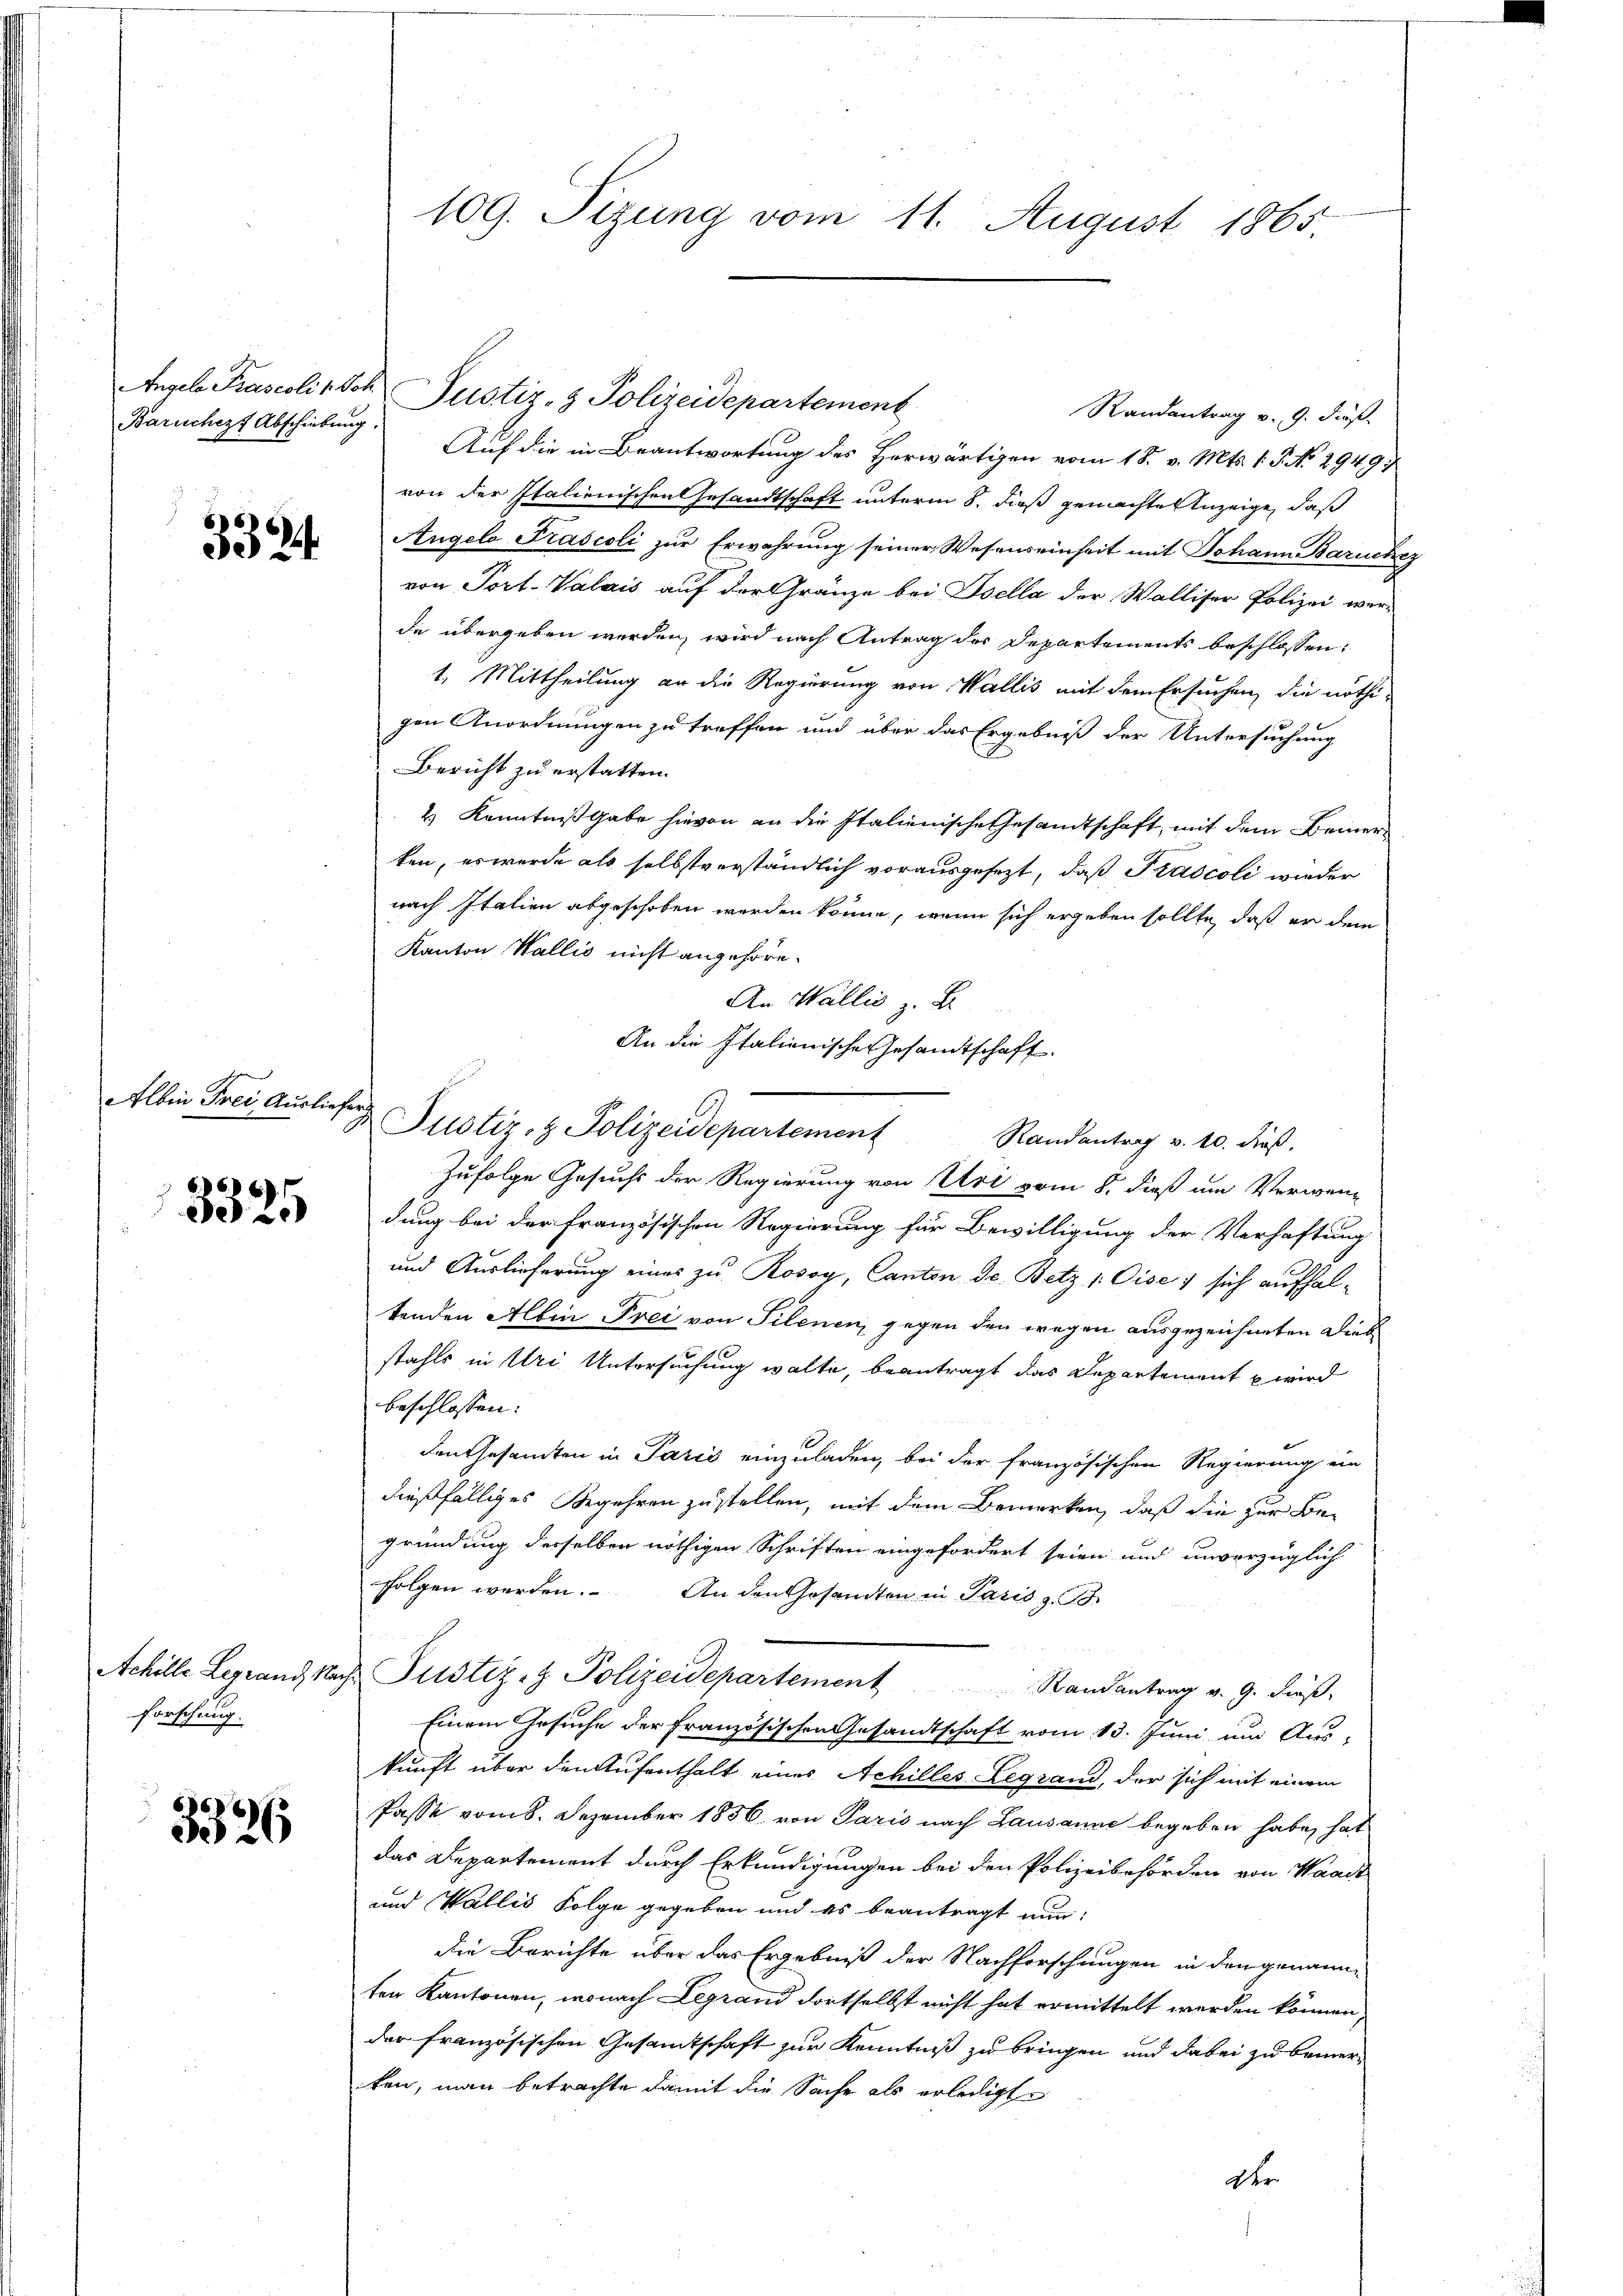
Baruchezt Abschiebung.

332.

Albin Frei, Ausliefer

3325

Achille Legrand, Na
forschung.

66
2

Randantrag v. 9. dieß
Auf die in Beantwortung des Herwärtigen vom 18. v. Mts. 1. P. No 2949
von der Italienischen Gesandtschaft unterm 5. dieß gemachte Anzeige, daß
Angelo Prascoli zur Erwahrung seiner Wesenseinheit mit Johann Baruchez
von Port-Valais auf der Gränze bei Isella der Walliser Polizei werde übergeben werden, wird nach Antrag der Departements beschlossen:
1. Mittheilung an die Regierung von Wallis mit dem Ersuchen, die nöthi-
gen Anordnungen zu treffen und über das Ergebniß der Untersuchung
Bericht zu erstatten.
4 Kenntnißgabe hievon an die Italienische Gesandtschaft, mit dem Bemerten, es werde als selbstverständlich vorausgesezt, daß Prascoli wieder
nach Italien abgeschoben werden könne, wenn sich ergeben sollte, daß er dem
Kanton Wallis nicht angehöre.
An Wallis z. B.
An die Italienische Gesandtschaft.
Justiz- & Polizeidepartement
Randantrag v. 10. dieß,
Zufolge Gesuchs der Regierung von Uri vom 8. dieß um Verwendung bei der französischen Regierung für Bewilligung der Verhaftung
und Auslieferung eines zu Rosoy, Canton de Betz 1 Cise) sich aufhaltenden Albin Frei von Silenen, gegen den wegen ausgezeichneten Diebstahls in Uri Untersuchung walte, beantragt das Departement u wird
beschlossen:
den Gesandten in Parić einzuladen, bei der französischen Regierung ein
dießfälliges Begehren zustellen, mit dem Bemerken, daß die zur Begründung desselben nöthigen Schriften eingefordert seien und unverzüglich
folgen werden. An den Gesamten in Paris z
ih Justiz- & Polizeidepartement andantrag v. 9. dies
Einem Gesuche der Französischen Gesandtschaft vom 13. Juni um Aus-
kunft über den Aufenthalt eines Achilles Legrand, der sich mit einem
Pässe vom 8. Dezember 1856 von Paris nach Lausanne begeben habe, hat
das Departement durch Erkundigungen bei den Polizeibehörden von Waadt
und Wallis Folge gegeben und es beantragt nun:
die Berichte über das Ergebniß der Nachforschungen in den genannter Kantonen, wonach Legrand dortselbst nicht hat ermittelt werden können,
der französischen Gesandtschaft zur Kenntniß zu bringen und dabei zu bemerken, man betrachte damit die Sache als erledigt
der

Angele Prascoli Joh. Justiz- & Polizeidepartement

109. Sizung vom 11. August 1865